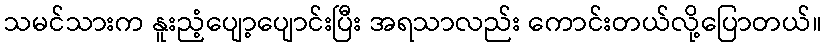
သမင်သားက နူးညံ့ပျော့ပျောင်းပြီး အရသာလည်း ကောင်းတယ်လို့ပြောတယ်။